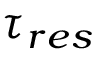
\tau _ { r e s }